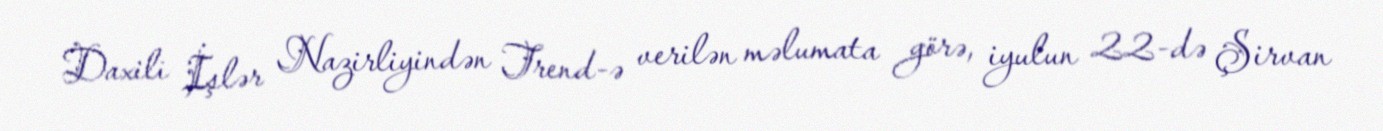
Daxili İşlər Nazirliyindən Trend-ə verilən məlumata görə, iyulun 22-də Şirvan